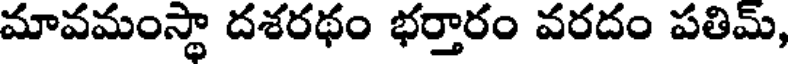
మావమంస్థా దశరథం భర్తారం వరదం పతిమ్,